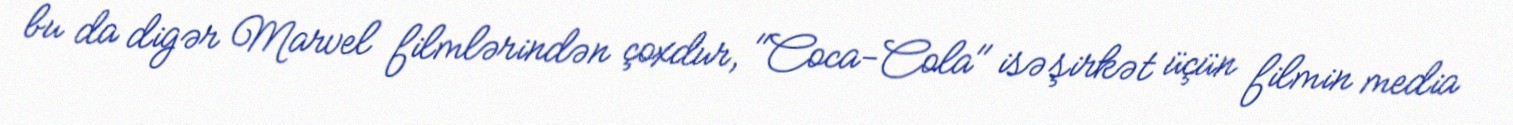
bu da digər Marvel filmlərindən çoxdur, "Coca-Cola" isə şirkət üçün filmin media